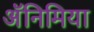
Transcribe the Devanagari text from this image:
अॅनिमिया